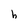
Character: h